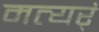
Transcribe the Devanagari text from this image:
मत्यर्ं